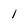
Character: l